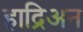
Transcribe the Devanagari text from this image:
हाद्रिअन